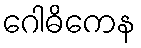
ဂေါဓိကေန